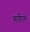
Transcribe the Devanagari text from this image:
हार्डएन